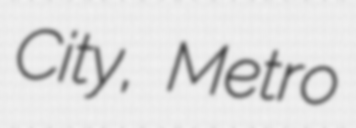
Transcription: City, Metro